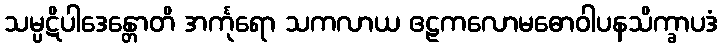
သမ္ပဋိပါဒေန္တောတိ အင်္ကုရော သကလာယ ဧဠကလောမဓောဝါပနသိက္ခာပဒံ